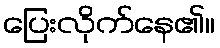
ပြေးလိုက်နေ၏။